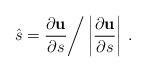
LaTeX: \begin{align*}\hat{s} = \frac{\partial {\bf u}}{\partial s} \bigg/\left| \frac{\partial {\bf u}}{\partial s } \right| \> .\end{align*}